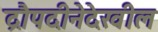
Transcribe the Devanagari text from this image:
द्रौपदीनेदेखील